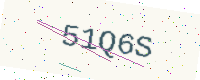
Text: 51Q6S